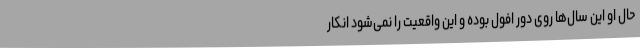
حال او این سال‌ها روی دور افول بوده و این واقعیت را نمی‌شود انکار